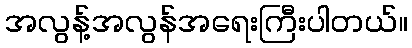
အလွန့်အလွန်အရေးကြီးပါတယ်။